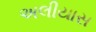
અલીયાસ